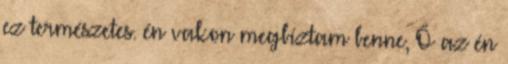
ez természetes. én vakon megbíztam benne, Ő az én